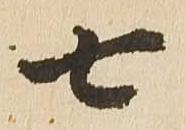
七